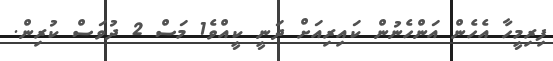
ފިރިމީހާ އެހެން އަންހެނުން ކައިރިއަށް ދަނީ ކީއްވެ1 މަސް 2 ދުވަސް ކުރިން.